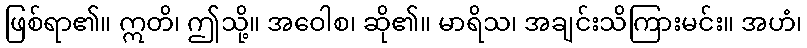
ဖြစ်ရာ၏။ ဣတိ၊ ဤသို့။ အဝေါစ၊ ဆို၏။ မာရိသ၊ အချင်းသိကြားမင်း။ အဟံ၊